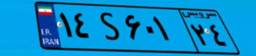
۱۴S۶۰۱۲۴